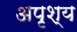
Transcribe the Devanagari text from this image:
अपृश्‍य